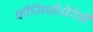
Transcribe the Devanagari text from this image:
फीजियोथैरेपी